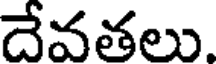
దేవతలు.